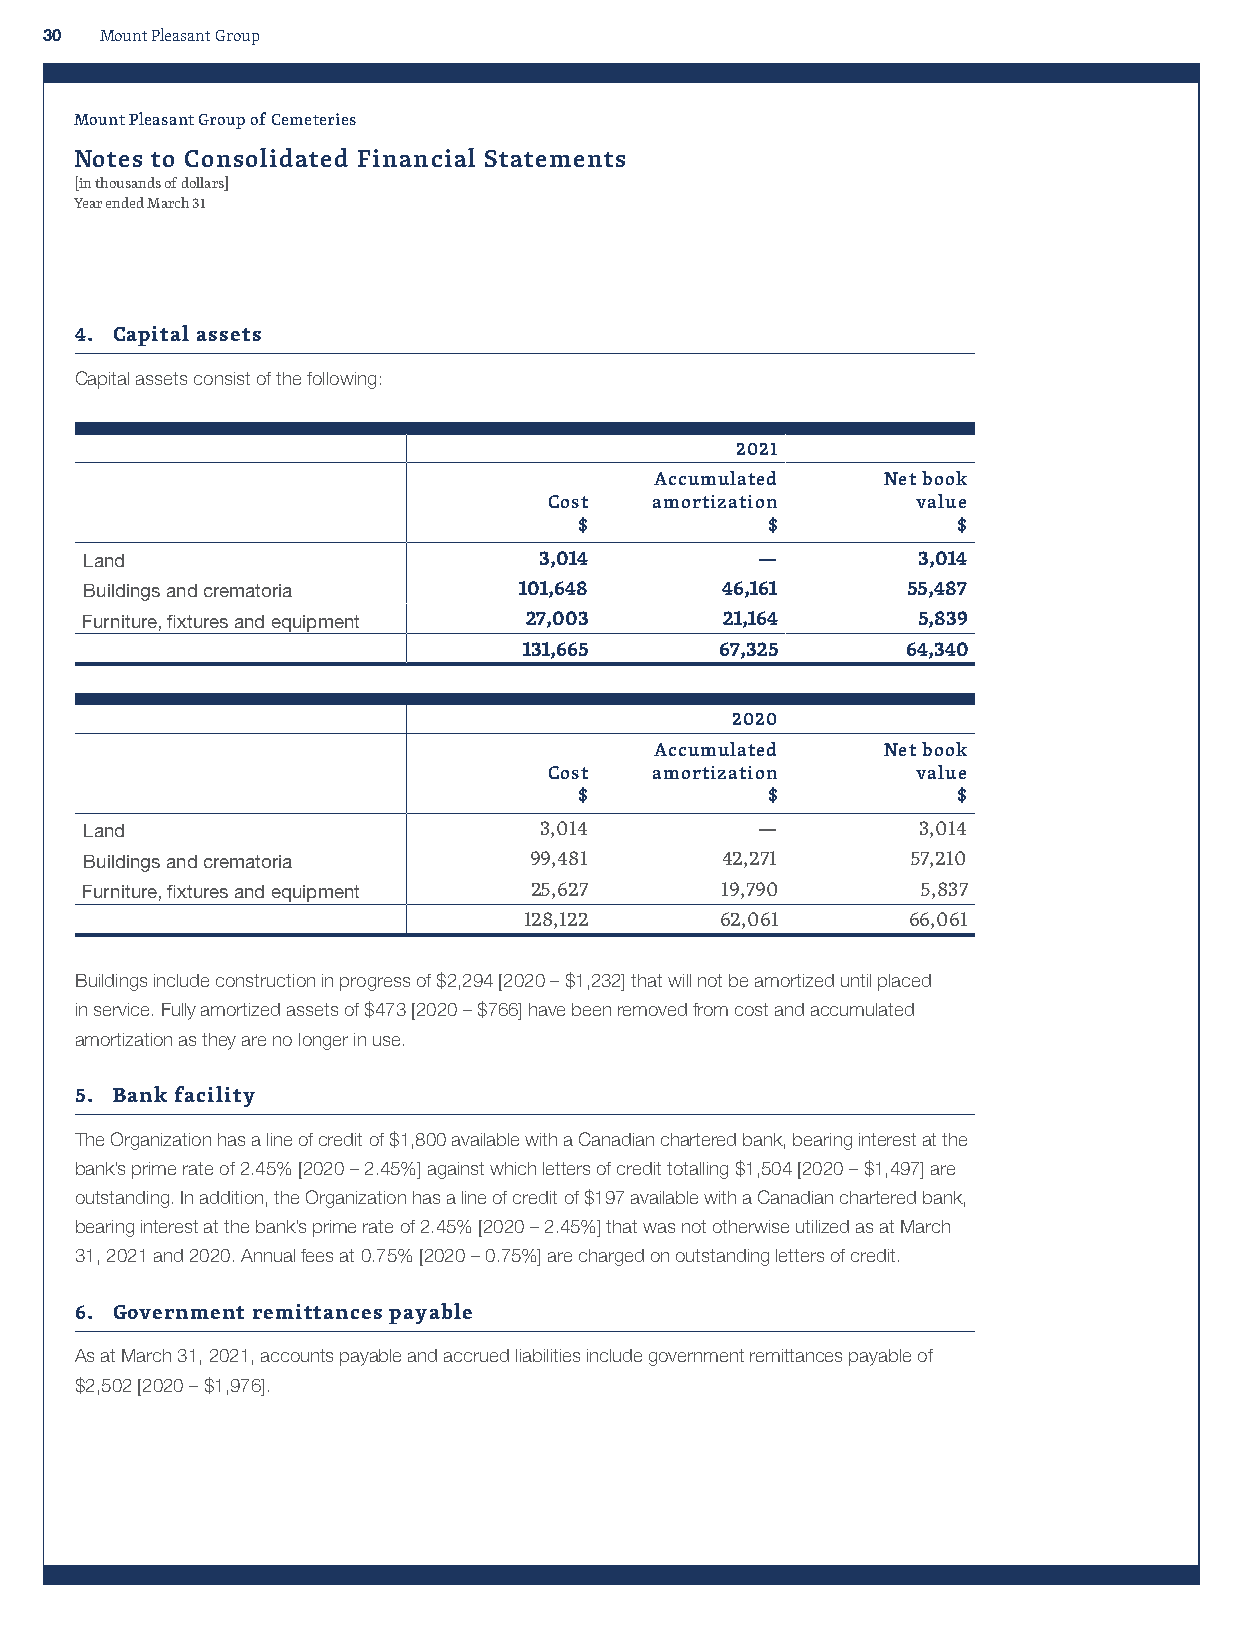
30  Mount Pleasant Group
 Mount Pleasant Group of Cemeteries
 Notes to Consolidated Financial Statements
 [in thousands of dollars]
 Year ended March 31
 4. Capital assets
 Capital assets consist of the following:
 2021
 Accumulated    Net book
 Cost   amortization      value
 $            $           $
 Land                          3,014         —          3,014
 Buildings and crematoria    101,648       46,161      55,487
 Furniture, fixtures and equipment 27,003   21,164       5,839
 131,665      67,325      64,340
 2020
 Accumulated    Net book
 Cost   amortization      value
 $            $           $
 Land                          3,014         —          3,014
 Buildings and crematoria     99,481       42,271      57,210
 Furniture, fixtures and equipment 25,627   19,790       5,837
 128,122      62,061      66,061
 Buildings include construction in progress of $2,294 [2020 – $1,232] that will not be amortized until placed
 in service. Fully amortized assets of $473 [2020 – $766] have been removed from cost and accumulated
 amortization as they are no longer in use.
 5. Bank facility
 The Organization has a line of credit of $1,800 available with a Canadian chartered bank, bearing interest at the
 bank’s prime rate of 2.45% [2020 – 2.45%] against which letters of credit totalling $1,504 [2020 – $1,497] are
 outstanding. In addition, the Organization has a line of credit of $197 available with a Canadian chartered bank,
 bearing interest at the bank’s prime rate of 2.45% [2020 – 2.45%] that was not otherwise utilized as at March
 31, 2021 and 2020. Annual fees at 0.75% [2020 – 0.75%] are charged on outstanding letters of credit.
 6. Government remittances payable
 As at March 31, 2021, accounts payable and accrued liabilities include government remittances payable of
 $2,502 [2020 – $1,976].